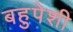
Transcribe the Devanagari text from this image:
बहुपेशी